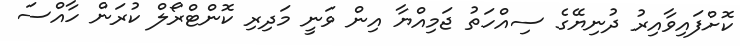
ކޮށްފައިވާއިރު ދުނިޔޭގެ ސިއްހަތު ޖަމިއްޔާ އިން ވަނީ މަދިރި ކޮންޓްރޯލް ކުރަން ހާއްސަ